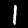
Digit: 1